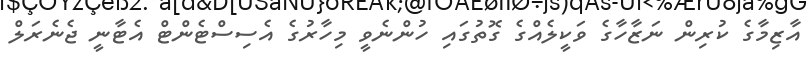
އާޒިމާގެ ކުރިން ނަޒާހާގެ ވަކީލެއްގެ ގޮތުގައި ހުންނެވީ މިހާރުގެ އެސިސްޓެންޓް އެޓާނީ ޖެނެރަލް